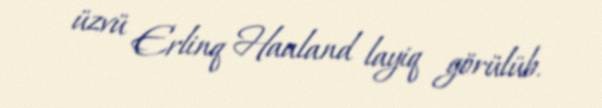
üzvü Erlinq Haaland layiq görülüb.